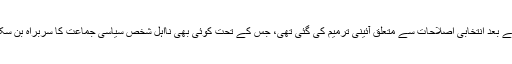
جس کے بعد انتخابی اصلاحات سے متعلق آئینی ترمیم کی گئی تھی، جس کے تحت کوئی بھی نااہل شخص سیاسی جماعت کا سربراہ بن سکتا ہے۔